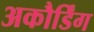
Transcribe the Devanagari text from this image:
अकौर्डिंग